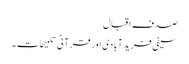
صدف اقبال
سیفی فریدآبادی اور قرآنی تلمیحات ۔